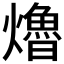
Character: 𤑟